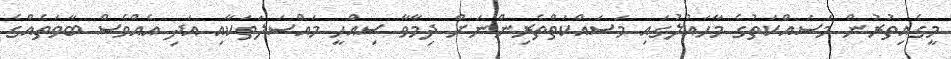
މީގެއިތުރުން މަސައްކަތުގެ މާހައުލުގައި މަސައްކަތްތެރިންނަށް ދިމާވާ ސިއްހީ މައްސަލަތަކާއި އަދި އެއްވެސް ބާވަތެއްގެ